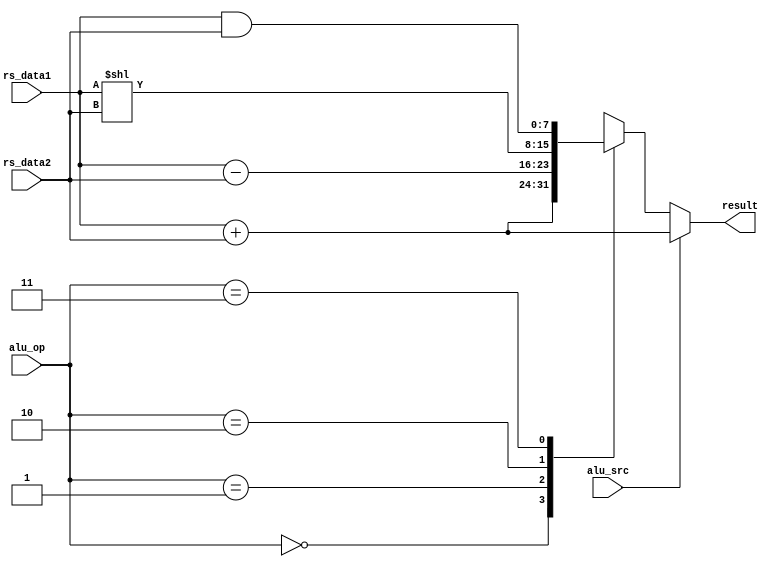
// Arithmetic Logic Unit (ALU) Module
module alu (
    input [7:0] rs_data1,     // Input data from the first source register
    input [7:0] rs_data2,     // Input data from the second source register
    input [1:0] alu_op,       // ALU operation code
    input alu_src,            // Determine if its immediate or Rtype
    output reg [7:0] result   // Output result of ALU operation
);
    initial begin
     result = 8'b00000000;
    end 
    // Define parameters for ALU operation codes
    parameter ADD = 2'b00;     // Addition
    parameter SUB = 2'b01;     // Subtraction
    parameter SLL = 2'b10;     // Shift Left Logical
    parameter AND = 2'b11;     // Bitwise AND

    // Perform ALU operation based on alu_op
    always @(*) begin
        if(alu_src) begin
            result = rs_data1 + rs_data2;
        end else begin
            case (alu_op)
                ADD: result = rs_data1 + rs_data2;    // Perform addition
                SUB: result = rs_data1 - rs_data2;    // Perform subtraction
                SLL: result = rs_data1 << rs_data2;  // Perform left logical shift
                AND: result = rs_data1 & rs_data2;   // Perform bitwise AND
                default: result = 8'b0 ;// Default value is no op
            endcase
        end
    end

endmodule